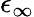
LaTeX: \epsilon_{\infty}